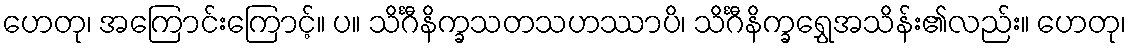
ဟေတု၊ အကြောင်းကြောင့်။ ပ။ သိင်္ဂီနိက္ခသတသဟဿာပိ၊ သိင်္ဂီနိက္ခရွှေအသိန်း၏လည်း။ ဟေတု၊